Lunatic asylums Madras 1877-1891 - 1877-1891
Year: 1877
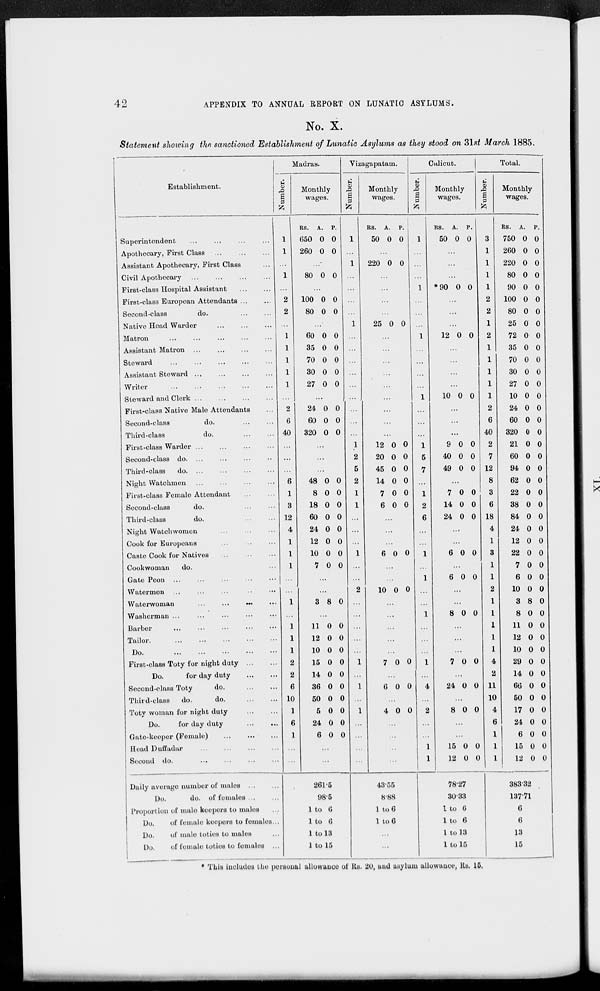
42
APPENDIX TO ANNUAL REPORT ON LUNATIC ASYLUMS.
No. X.
Statement showing the sanctioned Establishment of Lunatic Asylums as they stood on 31st March 1885.
Establishment.
Superintendent
...
...
...
...
Apothecary, First Class
...
...
...
Assistant Apothecary, First Class ...
Civil Apothecary
...
...
...
...
First-class Hospital Assistant
...
...
First-class European Attendants ... ...
Second-class
do.
...
...
Native Head Warder
...
...
...
Matron
...
...
...
...
...
Assistant Matron
...
...
...
...
Steward
...
...
...
...
...
Assistant Steward ... ... ... ...
Writer
...
...
...
...
...
Steward and Clerk
...
...
...
...
First-class Native Male Attendants ...
Second-class
do.
...
...
Third-class
do.
...
...
First-class Warder
...
...
...
...
Second-class
do. ... ... ... ...
Third-class
do. ... ... ... ...
Night Watchmen
...
...
...
...
First-class Female Attendant
...
...
Second-class
do.
...
...
Third-class
do.
...
...
Night Watchwomen
...
...
...
Cook for Europeans ... ... ...
Caste Cook for Natives
...
...
...
Cookwoman
do. ...
Gate Peon
...
...
...
...
...
Watermen
...
...
...
...
...
Waterwoman
...
...
...
...
Washerman
...
...
...
...
...
Barber
...
...
...
...
...
Tailor.
...
...
...
...
...
Do. ... ... ... ... ...
First-class Toty for night duty
...
...
Do.
for day duty
...
...
Second-class Toty
do.
...
...
Third-class
do.
do.
...
...
Toty woman for night duty
...
...
Do.
for day duty
...
...
Gate-keeper (Female) ... ...
...
Head Duffadar
...
...
...
...
Second do.
...
...
...
...
Daily average number of males
...
...
Do.
do. of females ... ...
Proportion of male keepers to males ...
Do.
of female keepers to females ...
Do.
of male toties to males ...
Do.
of female toties to females ...
Madras.
Number.
1
1
...
1
...
2
2
...
1
1
1
1
1
...
2
6
40
...
...
...
6
1
3
12
4
1
1
1
...
...
1
...
1
1
1
2
2
6
10
1
6
1
...
...
Monthly
wages.
RS.
650
260
A.
0
0
P.
0
0
...
80 0 0
...
100
80
0
0
0
0
...
60
35
70
30
27
0
0
0
0
0
0
0
0
0
0
...
24
60
320
0
0
0
0
0
0
...
...
...
48
8
18
60
24
12
10
7
0
0
0
0
0
0
0
0
0
0
0
0
0
0
0
0
...
...
3 8 0
...
11
12
10
15
14
36
50
5
24
6
0
0
0
0
0
0
0
0
0
0
0
0
0
0
0
0
0
0
0
0
...
...
261.5
98.5
1 to 6
1 to 6
1 to 13
1 to 15
Vizagapatam.
Number.
1
...
1
...
...
...
...
1
...
...
...
...
...
...
...
...
...
1
2
5
2
1
1
...
...
...
1
...
...
2
...
...
...
...
...
1
...
1
...
1
...
...
...
...
Monthly
wages.
RS.
50
A.
0
P.
0
...
220 0 0
...
...
...
...
25 0 0
...
...
...
...
...
...
...
...
...
12
20
45
14
7
6
0
0
0
0
0
0
0
0
0
0
0
0
...
...
...
6 0 0
...
...
10 0 0
...
...
...
...
...
7 0 0
...
6 0 0
...
4 0 0
...
...
...
...
43.55
8.88
1 to 6
1 to 6
...
...
Calicut.
Number.
1
...
...
...
1
...
...
...
1
...
...
...
...
1
...
...
...
1
5
7
...
1
2
6
...
...
1
...
1
...
...
1
...
...
...
1
...
4
...
2
...
...
1
1
Monthly
wages.
RS.
50
A.
0
P.
0
...
...
...
*90 0 0
...
...
...
12 0 0
...
...
...
...
10 0 0
...
...
...
9
40
49
0
0
0
0
0
0
...
7
14
24
0
0
0
0
0
0
...
...
6 0 0
...
6 0 0
...
...
8 0 0
...
...
...
7 0 0
...
24 0 0
...
8 0 0
...
...
15
12
0
0
0
0
78.27
30.33
1 to 6
1 to 6
1 to 13
1 to 15
Total.
Number.
3
1
1
1
1
2
2
1
2
1
1
1
1
1
2
6
40
2
7
12
8
3
6
18
4
1
3
1
1
2
1
1
1
1
1
4
2
11
10
4
6
1
1
1
Monthly
wages.
RS.
750
260
220
80
90
100
80
25
72
35
70
30
27
10
24
60
320
21
60
94
62
22
38
84
24
12
22
7
6
10
3
8
11
12
10
29
14
66
50
17
24
6
15
12
A.
0
0
0
0
0
0
0
0
0
0
0
0
0
0
0
0
0
0
0
0
0
0
0
0
0
0
0
0
0
0
8
0
0
0
0
0
0
0
0
0
0
0
0
0
P.
0
0
0
0
0
0
0
0
0
0
0
0
0
0
0
0
0
0
0
0
0
0
0
0
0
0
0
0
0
0
0
0
0
0
0
0
0
0
0
0
0
0
0
0
383.32
137.71
6
6
13
15
* This includes the personal allowance of Rs. 20, and asylum allowance, Rs. 15.